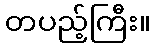
တပည့်ကြီး။